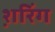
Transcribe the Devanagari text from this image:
श़रिंग